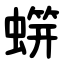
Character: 䗗